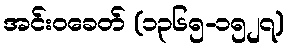
အင်းဝခေတ် (၁၃၆၅-၁၅၂၇)